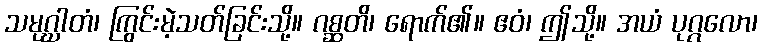
သမုဂ္ဃာတံ၊ ကြွင်းမဲ့သတ်ခြင်းသို့။ ဂစ္ဆတိ၊ ရောက်၏။ ဧဝံ၊ ဤသို့။ အယံ ပုဂ္ဂလော၊